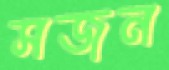
সজন